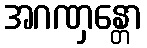
အဂဏှန္တော